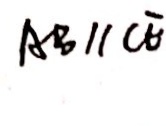
A B / / C E